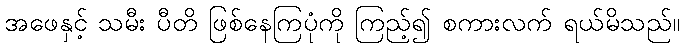
အဖေနှင့် သမီး ပီတိ ဖြစ်နေကြပုံကို ကြည့်၍ စကားလက် ရယ်မိသည်။